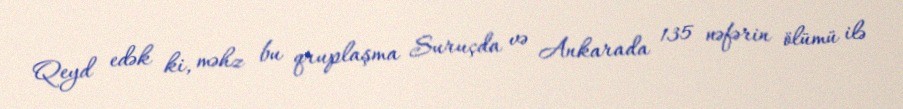
Qeyd edək ki, məhz bu qruplaşma Suruçda və Ankarada 135 nəfərin ölümü ilə